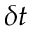
\delta t